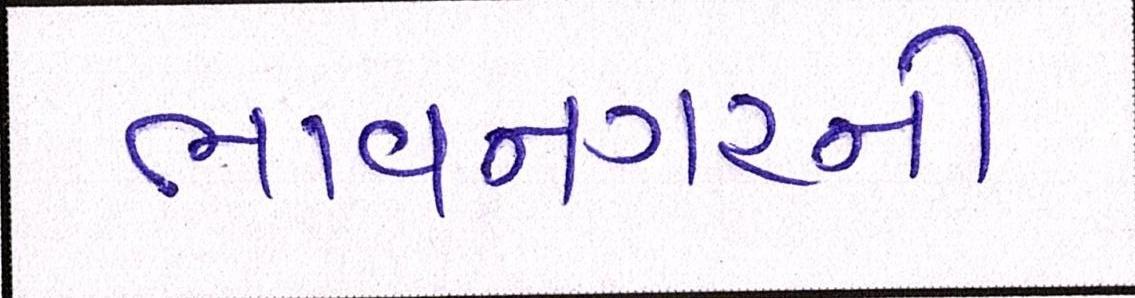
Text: ભાવનગરની